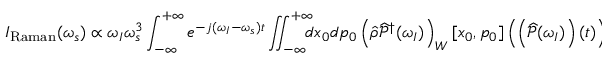
I _ { \mathrm { R a m a n } } ( \omega _ { s } ) \propto \omega _ { I } \omega _ { s } ^ { 3 } \int _ { - \infty } ^ { + \infty } e ^ { - j ( \omega _ { I } - \omega _ { s } ) t } \iint _ { - \infty } ^ { + \infty } \! \! \! \! d x _ { 0 } d p _ { 0 } \left( \widehat { \rho } \widehat { \mathcal { P } } ^ { \dagger } ( \omega _ { I } ) \right) _ { W } [ x _ { 0 } , p _ { 0 } ] \left( \left( \widehat { \mathcal { P } } ( \omega _ { I } ) \right) ( t ) \right) _ { W } [ x _ { 0 } , p _ { 0 } ] \; d t ,